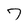
Character: 7